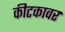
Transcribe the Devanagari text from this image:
कीटकावर